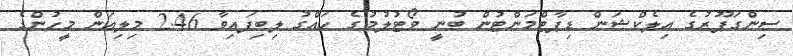
ސިންގަޕޫރުގެ އިލެކްޝަން ޑިޕާޓްމަންޓުން ބުނީ ވޯޓުލުމުގެ ހައްގު ލިބިފައިވާ 2.46 މިލިއަން މީހުންގެ